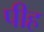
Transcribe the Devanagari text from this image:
पीह